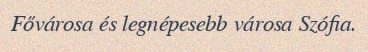
Fővárosa és legnépesebb városa Szófia.